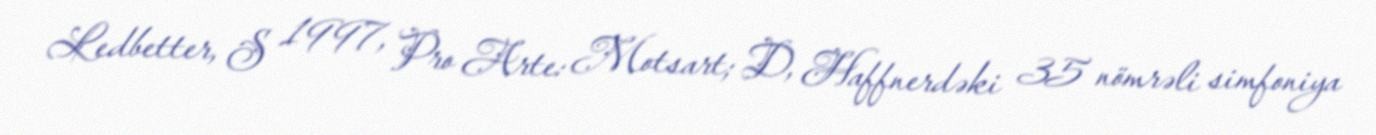
Ledbetter, S 1997, Pro Arte: Motsart; D, Haffnerdəki 35 nömrəli simfoniya